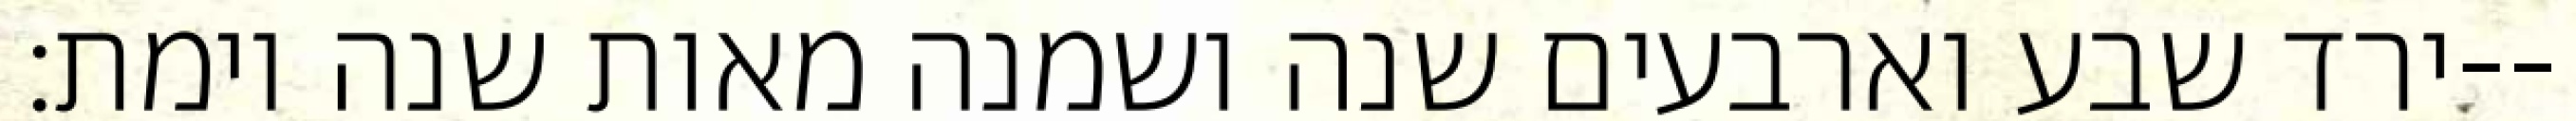
ירד שבע וארבעים שנה ושמנה מאות שנה וימת׃--